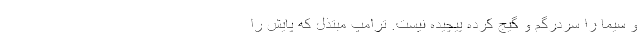
و سیما را سر‌درگم و گیج کرده پیچیده نیست. ترامپِ مبتذل که پایش را